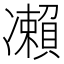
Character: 𠘝